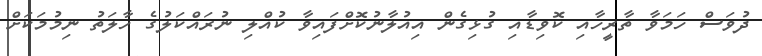
ދުވަސް ހަމަވާ ތާރީހާއި ކޮވިޑާއި ގުޅިގެން އިއުލާނުކޮށްފަައިވާ ކުއްލި ނުރައްކަލުގެ ހާލަތު ނިމުމަކަށް